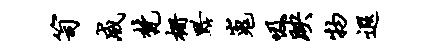
笥威梵栅黔嵬吸映物遐